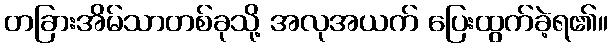
တခြားအိမ်သာတစ်ခုသို့ အလုအယက် ပြေးထွက်ခဲ့ရ၏။